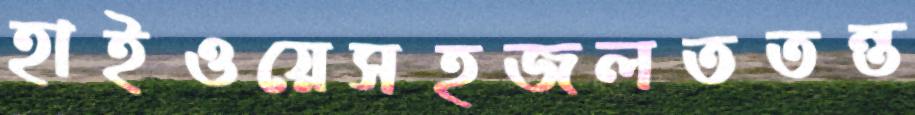
হাইওয়েসহজলততন্ত